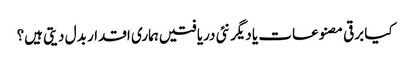
کیا برقی مصنوعات یا دیگر نئی دریافتیں ہماری اقدار بدل دیتی ہیں؟